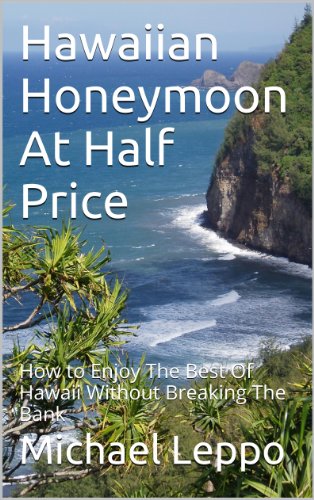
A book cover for Hawaiian Honeymoon At Half Price: How to Enjoy The Best Of Hawaii Without Breaking The Bank; Michael Leppo; Crafts, Hobbies & Home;